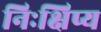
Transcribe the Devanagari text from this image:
निःक्षिप्य